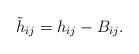
LaTeX: \begin{align*}\tilde{h}_{ij}=h_{ij}-B_{ij}.\end{align*}